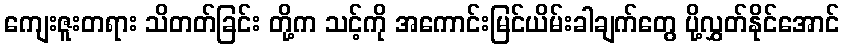
ကျေးဇူးတရား သိတတ်ခြင်း တို့က သင့်ကို အကောင်းမြင်ယိမ်းခါချက်တွေ ပို့လွှတ်နိုင်အောင်